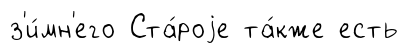
з'и́мн'его Ста́роjе та́кже есть